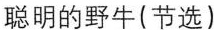
聪明的野牛(节选)